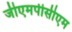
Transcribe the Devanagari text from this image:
जीएमपीसीएम